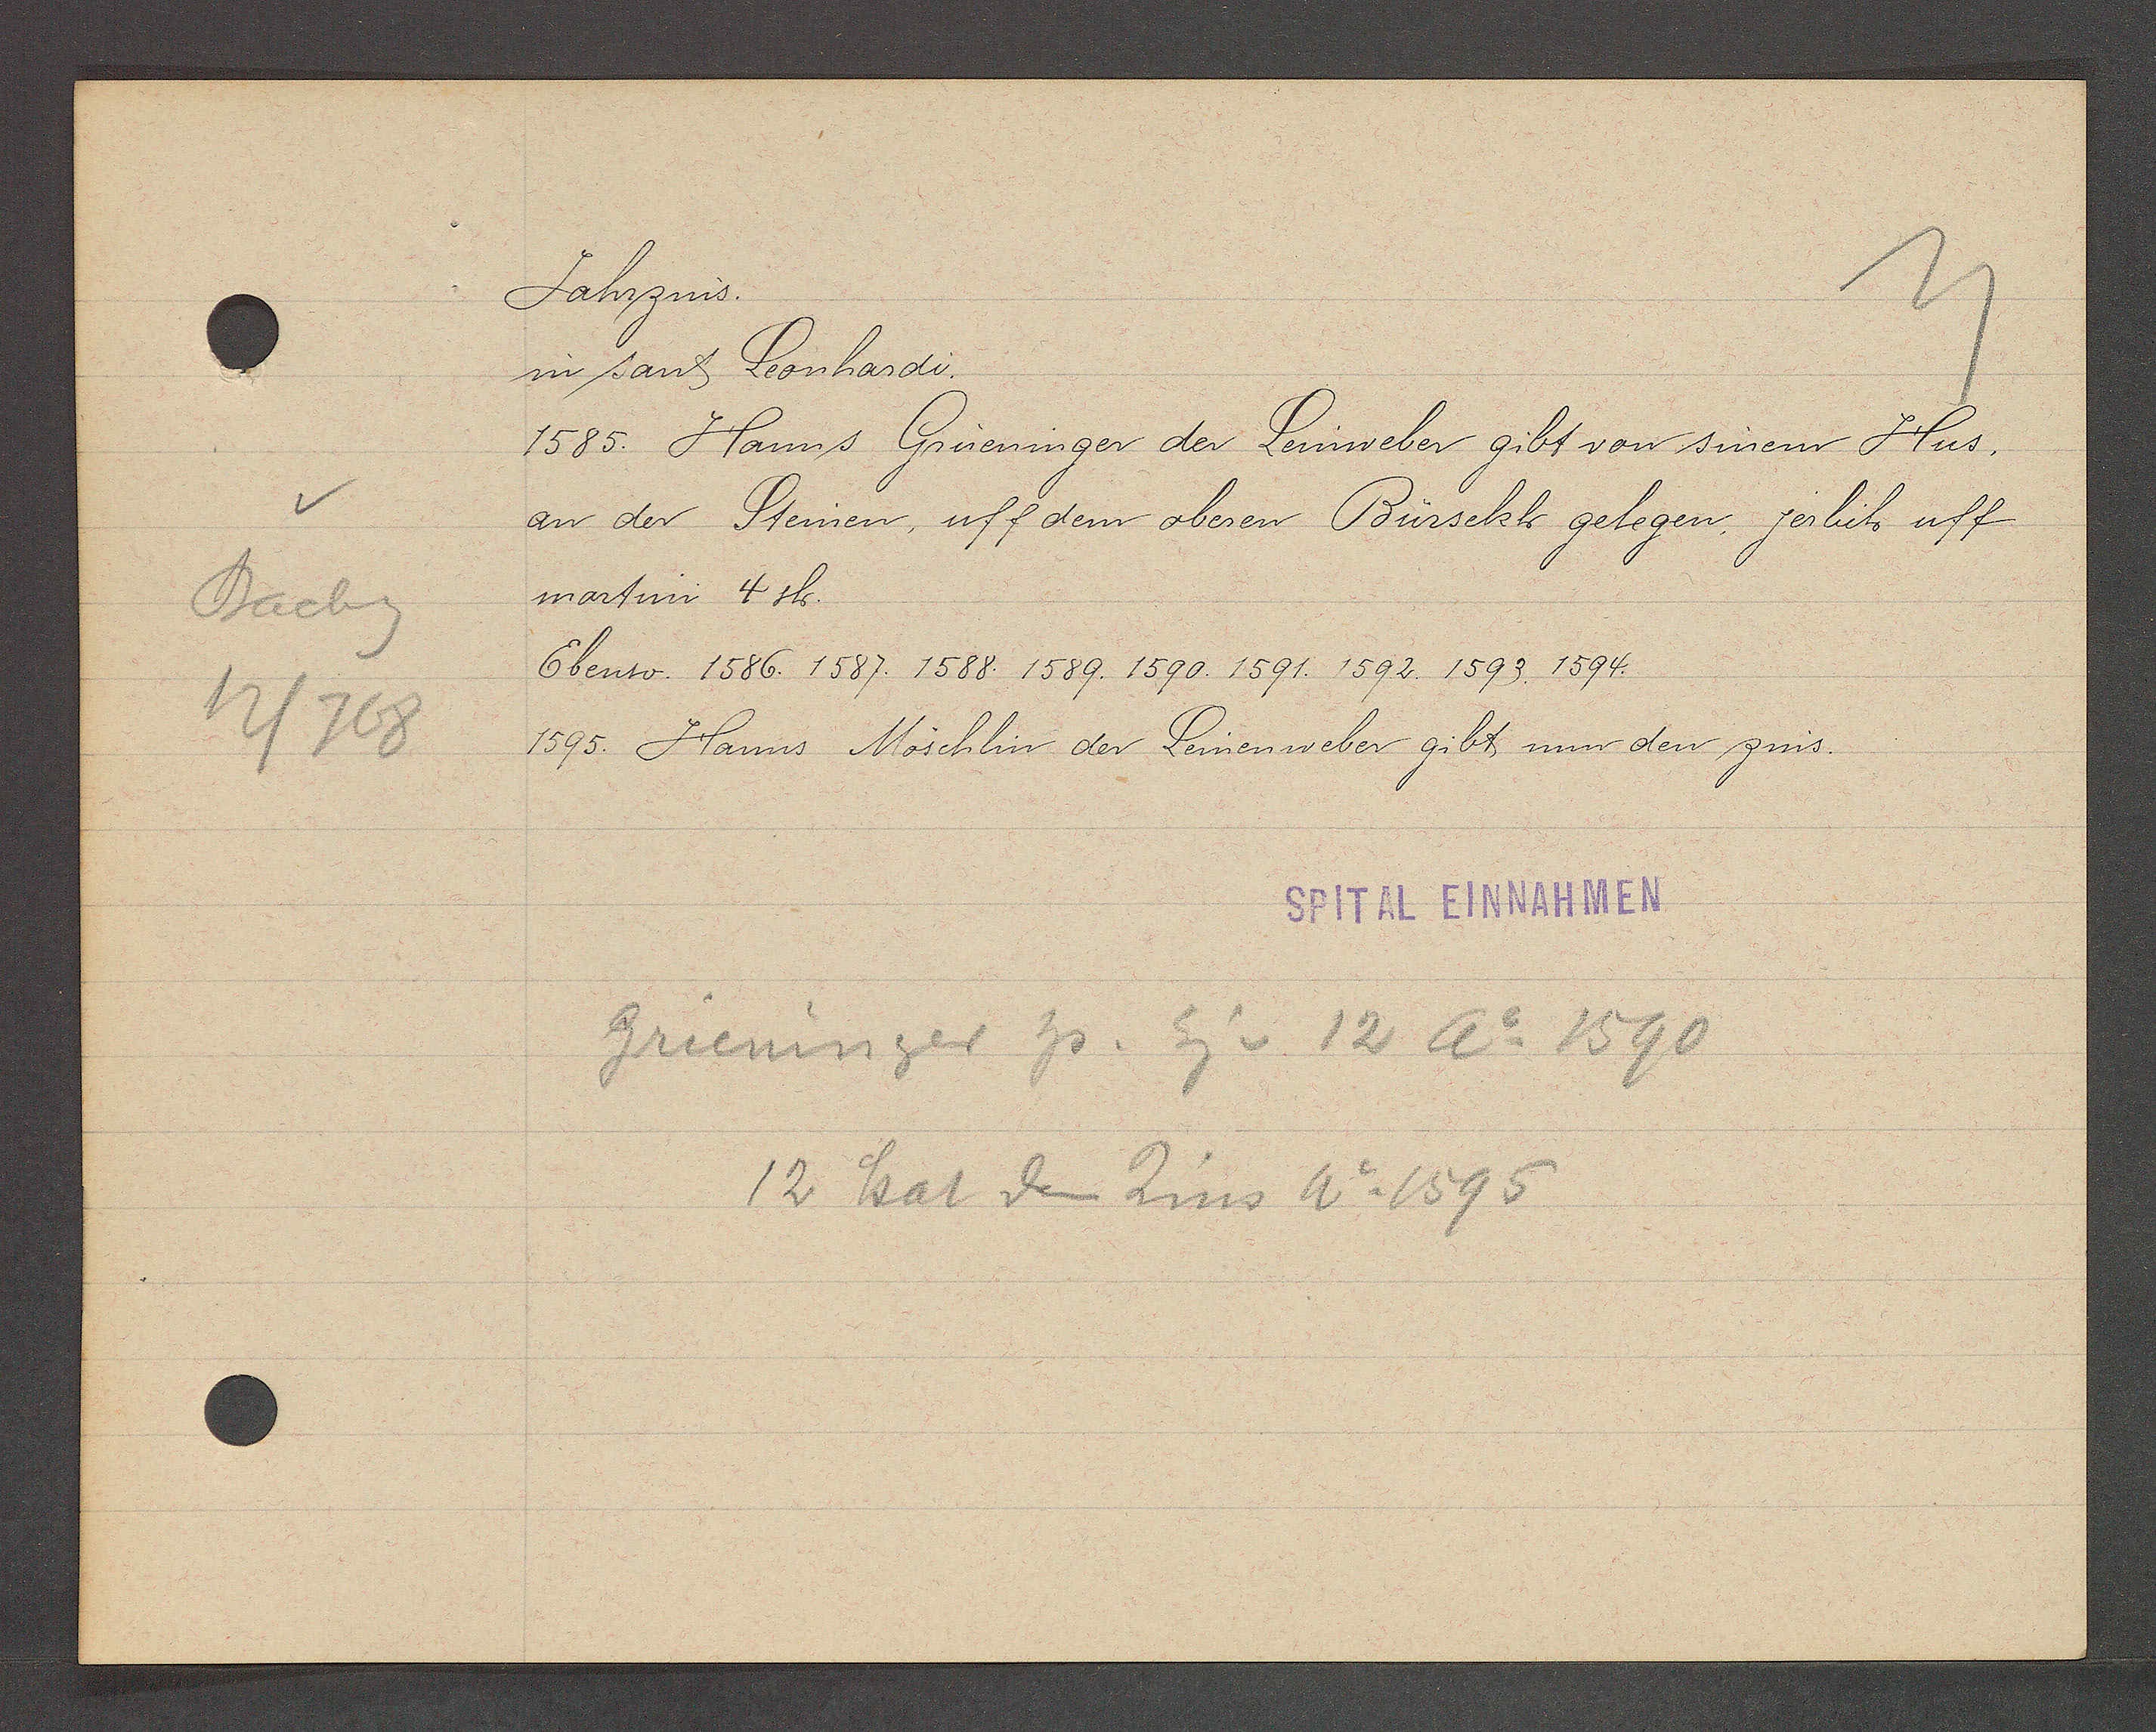
Transcript:
Bachg
12/768

Jahrzins.

in sant Leonhardi.
1585. Hanns Grueninger der Leinweber gibt von sinem Hus.
an der Steinen, uff dem oberen Bürsekh gelegen, jerlich uff
martini 4 sh.
Ebenso. 1586. 1587. 1588. 1589. 1590. 1591. 1592. 1593. 1594.
1595. Hanns Möschlin der Leinenweber gibt nun den zins.

SPITAL EINNAHMEN

Grieninger hs. Eig v 12 Ao 1590
12 hat den Zins Ao 1595